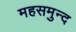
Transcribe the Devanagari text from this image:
महसमुन्द